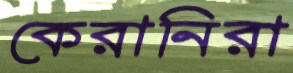
কেরানিরা